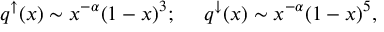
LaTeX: \begin{array} { c l c r } { { q ^ { \uparrow } ( x ) \sim x ^ { - \alpha } ( 1 - x ) ^ { 3 } ; ~ ~ ~ ~ q ^ { \downarrow } ( x ) \sim x ^ { - \alpha } ( 1 - x ) ^ { 5 } , } } \end{array}